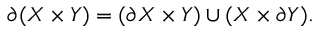
\partial ( X \times Y ) = ( \partial X \times Y ) \cup ( X \times \partial Y ) .